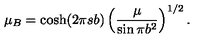
\mu _ { B } = \cosh ( 2 \pi s b ) \left( \frac { \mu } { \sin \pi b ^ { 2 } } \right) ^ { 1 / 2 } .